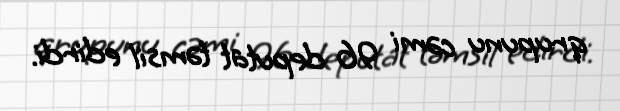
qrupunu cəmi 96 deputat təmsil edirdi.